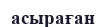
асыраған